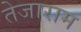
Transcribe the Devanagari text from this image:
तेजाराम